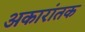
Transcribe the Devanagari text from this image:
अकारांतक